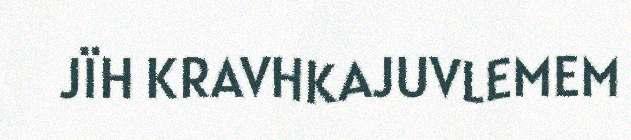
JÏH KRAVHKAJUVLEMEM